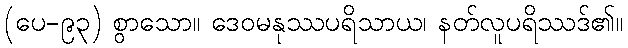
(ပေ-၉၃) စွာသော။ ဒေဝမနုဿပရိသာယ၊ နတ်လူပရိဿဒ်၏။